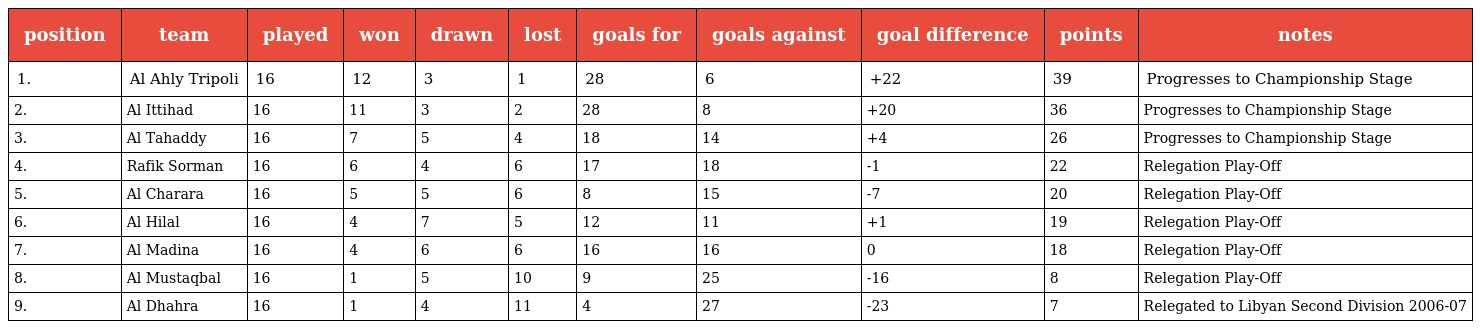
| position | team | played | won | drawn | lost | goals for | goals against | goal difference | points | notes |
 | --- | --- | --- | --- | --- | --- | --- | --- | --- | --- | --- |
 | 1. | Al Ahly Tripoli | 16 | 12 | 3 | 1 | 28 | 6 | +22 | 39 | Progresses to Championship Stage |
 | 2. | Al Ittihad | 16 | 11 | 3 | 2 | 28 | 8 | +20 | 36 | Progresses to Championship Stage |
 | 3. | Al Tahaddy | 16 | 7 | 5 | 4 | 18 | 14 | +4 | 26 | Progresses to Championship Stage |
 | 4. | Rafik Sorman | 16 | 6 | 4 | 6 | 17 | 18 | -1 | 22 | Relegation Play-Off |
 | 5. | Al Charara | 16 | 5 | 5 | 6 | 8 | 15 | -7 | 20 | Relegation Play-Off |
 | 6. | Al Hilal | 16 | 4 | 7 | 5 | 12 | 11 | +1 | 19 | Relegation Play-Off |
 | 7. | Al Madina | 16 | 4 | 6 | 6 | 16 | 16 | 0 | 18 | Relegation Play-Off |
 | 8. | Al Mustaqbal | 16 | 1 | 5 | 10 | 9 | 25 | -16 | 8 | Relegation Play-Off |
 | 9. | Al Dhahra | 16 | 1 | 4 | 11 | 4 | 27 | -23 | 7 | Relegated to Libyan Second Division 2006-07 |